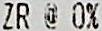
ZR @ 0%